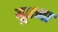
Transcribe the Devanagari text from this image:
बूएना